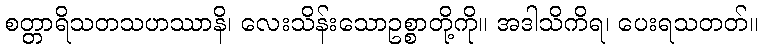
စတ္တာရိသတသဟဿာနိ၊ လေးသိန်းသောဥစ္စာတို့ကို။ အဒါသိကိရ၊ ပေးရသတတ်။